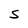
Character: S